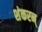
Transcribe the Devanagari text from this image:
शंकरन्